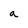
Character: a